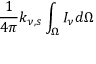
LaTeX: { \frac { 1 } { 4 \pi } } k _ { \nu , s } \int _ { \Omega } I _ { \nu } d \Omega